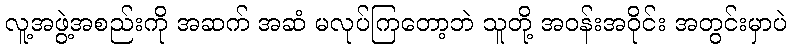
လူ့အဖွဲ့အစည်းကို အဆက် အဆံ မလုပ်ကြတော့ဘဲ သူတို့ အဝန်းအဝိုင်း အတွင်းမှာပဲ